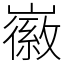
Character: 𡽪